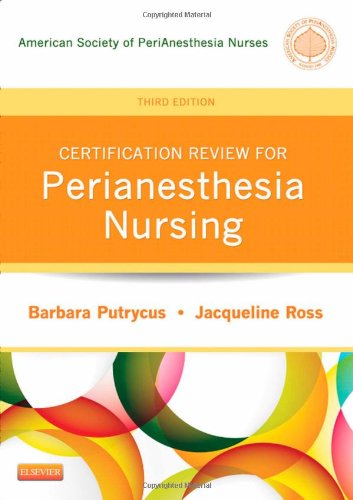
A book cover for Certification Review for PeriAnesthesia Nursing, 3e (Putrycus, Certification Review for PerAnesthesia Nursing); ASPAN; Test Preparation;